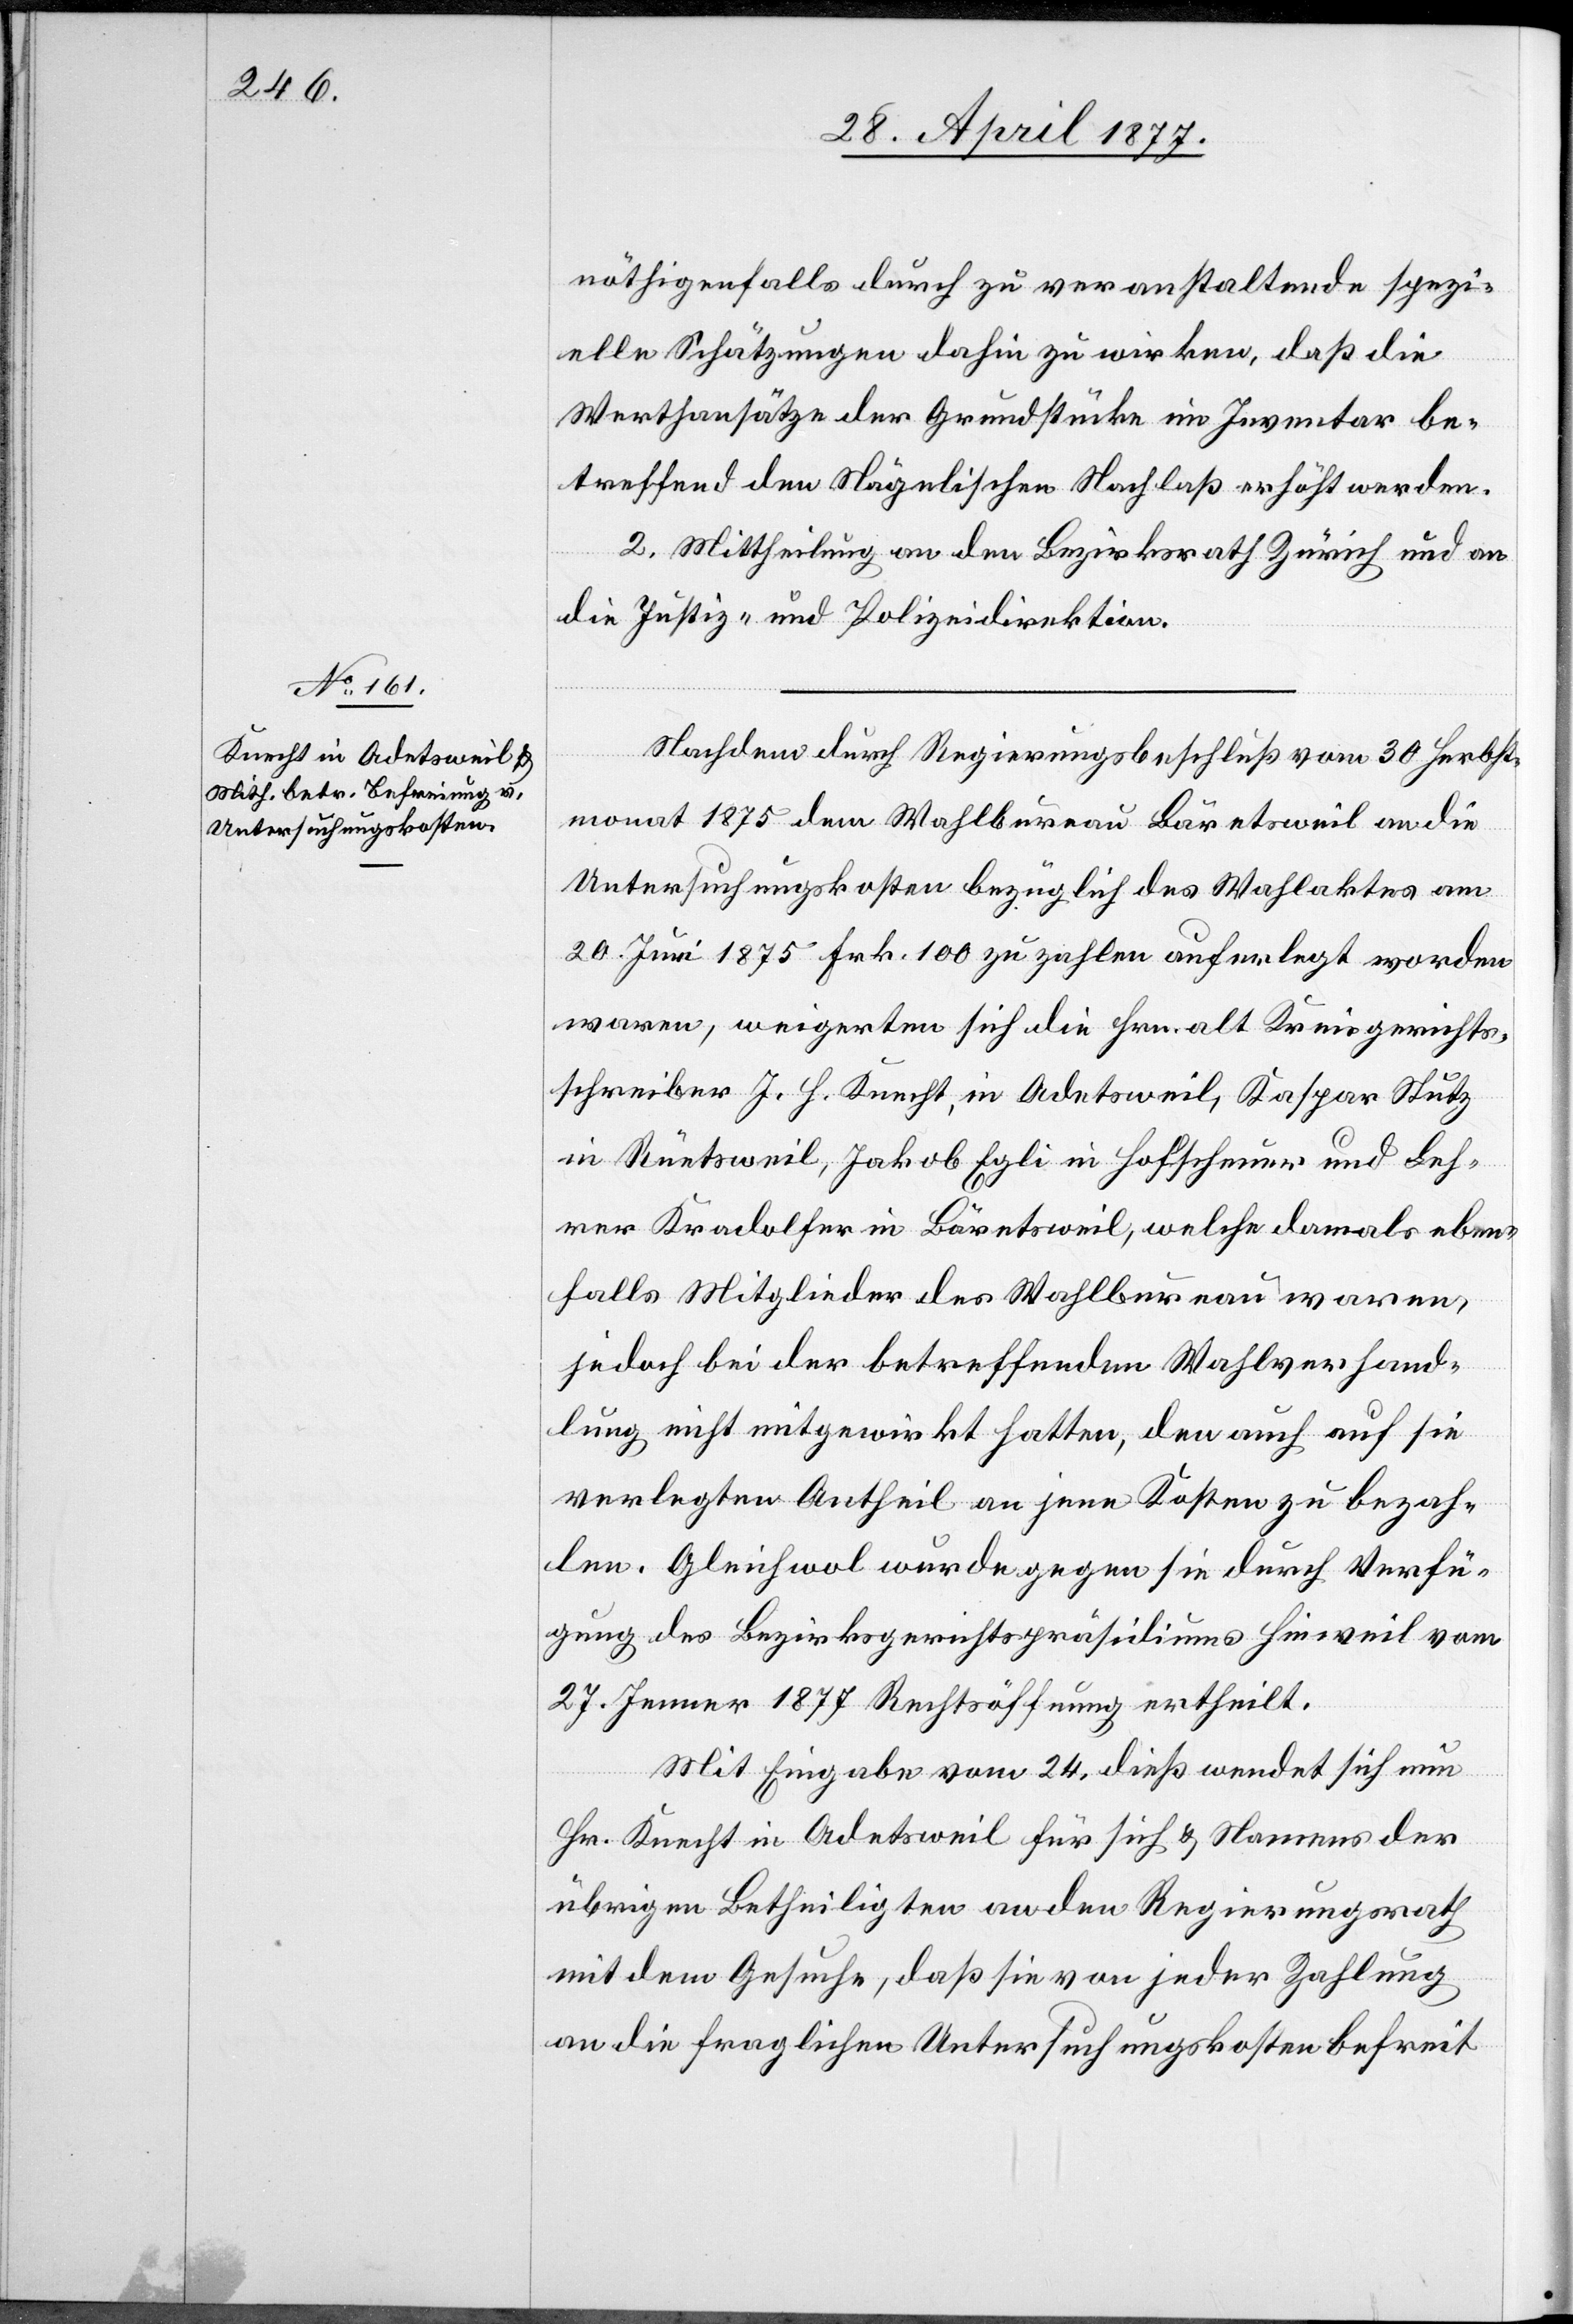
nöthigenfalls durch zu veranstaltende spezi¬
elle Schätzungen dahin zu wirken, daß die
Werthansätze der Grundstücke im Inventar be¬
treffend den Nägelischen Nachlaß erhöht werden.
2. Mittheilung an den Bezirksrath Zürich und an
die Justiz- und Polizeidirektion.
Nachdem durch Regierungsbeschluß vom 30. Herbst¬
monat 1875 dem Wahlbureau Bäretsweil an die
Untersuchungskosten bezüglich des Wahlaktes am
20. Juni 1875 Frk. 100 zu zahlen auferlegt worden
waren, weigerten sich die Hrn. alt Kreisgerichts¬
schreiber J. H. Knecht, in Adetsweil, Kaspar Stutz
in Rüetsweil, Jakob Egli in Hofscheuer und Leh¬
rer Kradolfer in Bäretsweil, welche damals eben¬
falls Mitglieder des Wahlbureau waren,
jedoch bei der betreffenden Wahlverhand¬
lung nicht mitgewirkt hatten, den auch auf sie
verlegten Antheil an jene Kosten zu bezah¬
len. Gleichwol wurde gegen sie durch Verfü¬
gung des Bezirksgerichtspräsidiums Hinweil vom
27. Jenner 1877 Rechtsöffnung ertheilt.
Mit Eingabe vom 24. dieß wendet sich nun
Hr. Knecht in Adetsweil für sich & Namens der
übrigen Betheiligten an den Regierungsrath
mit dem Gesuche, daß sie von jeder Zahlung
an die fraglichen Untersuchungskosten befreit